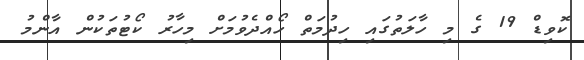
ކޮވިޑް 19 ގެ މި ހާލަތުގައި ހިދުމަތް ހޯއްދެވުމަށް މިހާރު ކޯޓުތަކުން އާންމު